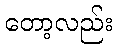
တော့လည်း